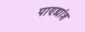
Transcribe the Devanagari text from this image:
पाण्ड्यांश